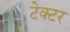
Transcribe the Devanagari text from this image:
टेक्टर